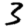
Digit: 3